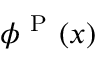
\phi ^ { \mathrm { ~ P ~ } } ( { \boldsymbol { x } } )